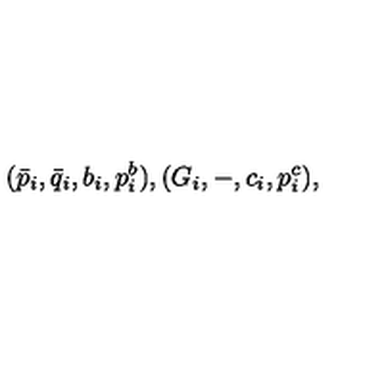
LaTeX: ( \bar { p } _ { i } , \bar { q } _ { i } , b _ { i } , p _ { i } ^ { b } ) , ( G _ { i } , - , c _ { i } , p _ { i } ^ { c } ) ,